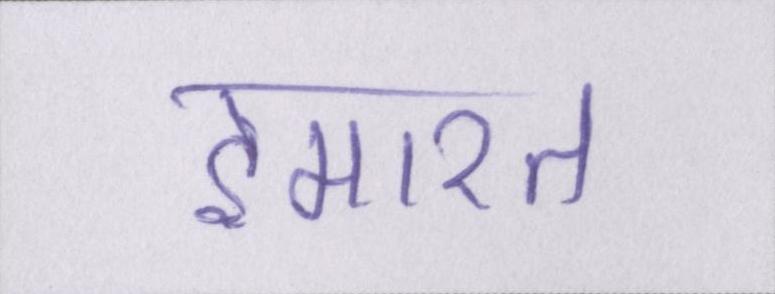
इमारत